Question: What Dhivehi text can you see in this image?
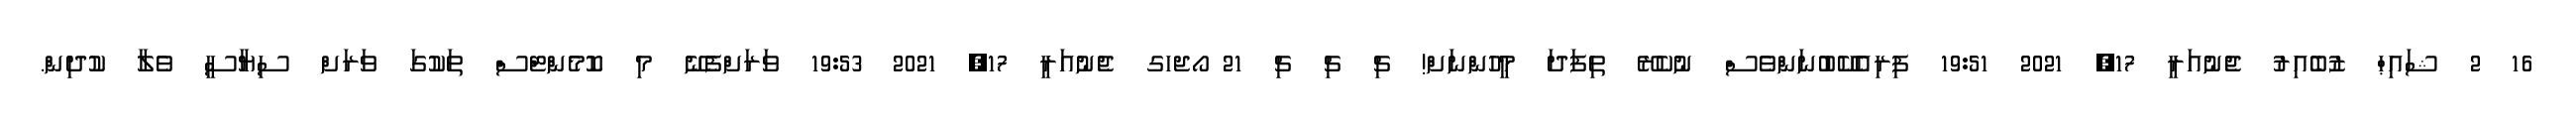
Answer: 16 2 ޝައިޙް ޒުބެއިރު ޖެނުއަރީ 17, 2021 19:51 ފިރިއެކޭބުނަންވެސް ނުކެރޭ ތިފަދަ މީހުންނަށް! ޗި ޗި ޗި 21 ޯޖހގ ޖެނުއަރީ 17, 2021 19:53 ވަރަށްފެނޭ މި ކޮމެންޓްސް ތަކުގަ ވަރަށް ސިޔާސީ ވެލާ ކުދިން.